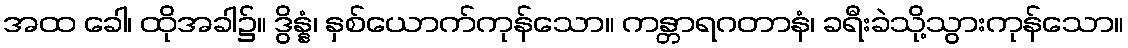
အထ ခေါ၊ ထိုအခါ၌။ ဒွိန္နံ၊ နှစ်ယောက်ကုန်သော။ ကန္တာရဂတာနံ၊ ခရီးခဲသို့သွားကုန်သော။